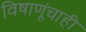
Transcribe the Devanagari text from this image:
विषाणूंचाही